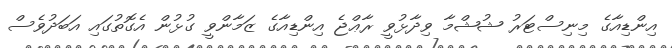
އިންޑިއާގެ މިނިސްޓަރު ޝުޝްމާ ވިދާޅުވީ ރާޢްޖެ އިންޑިއާގެ ޒަމާންވީ ގުޅުން އެގޮތުގައި އަބަދުވެސް